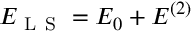
E _ { \mathrm { ~ L ~ S ~ } } = E _ { 0 } + E ^ { ( 2 ) }